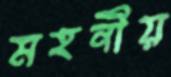
মহনীয়